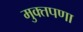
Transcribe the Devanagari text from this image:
मुक्तपणा